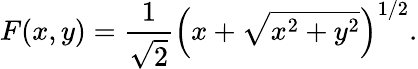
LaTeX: F(x,y)=\frac 1{\sqrt{2}}\left(x+\sqrt{x^{2}+y^{2}}\right)^{1/2}.